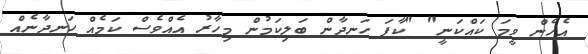
އެހެން ވީމަ ކައްކަނީ" "ކާފަ ހަނދާން ބަލިކަމުން މިހާރު އެއްވެސް ކަމެއް ހަނދާނެއް